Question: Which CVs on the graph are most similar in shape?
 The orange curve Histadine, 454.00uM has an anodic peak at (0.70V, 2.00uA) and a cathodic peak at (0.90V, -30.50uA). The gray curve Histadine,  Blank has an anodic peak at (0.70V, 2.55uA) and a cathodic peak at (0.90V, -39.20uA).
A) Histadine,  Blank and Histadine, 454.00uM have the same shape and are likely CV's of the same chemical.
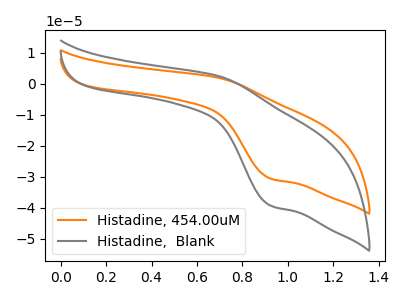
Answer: <think>All the peaks in "Histadine, 454.00uM" have a peak in "Histadine,  Blank" at the same potential. Every peak in "Histadine, 454.00uM" is lower than every peak in "Histadine,  Blank".
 </think>
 <answer>A) "Histadine,  Blank" and "Histadine, 454.00uM" have the same shape and are likely CV's of the same chemical.</answer>
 <eval>A</eval>